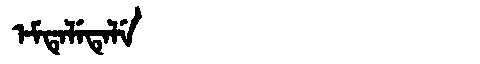
Manchu: ᡝᠮᡨᡝᠯᡝᡨᡝᠯᡝ
Romanization: EMTELETELE